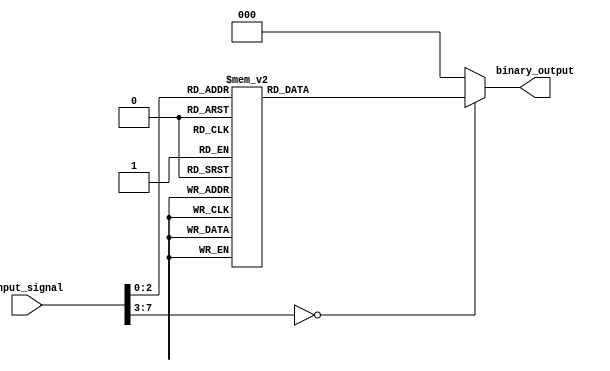
module Encoder(
    input [7:0] input_signal,
    output reg [2:0] binary_output
);

always @*
    case (input_signal)
        8'h00: binary_output = 3'b000;
        8'h01: binary_output = 3'b001;
        8'h02: binary_output = 3'b010;
        8'h03: binary_output = 3'b011;
        8'h04: binary_output = 3'b100;
        8'h05: binary_output = 3'b101;
        8'h06: binary_output = 3'b110;
        8'h07: binary_output = 3'b111;
        default: binary_output = 3'b000;
    endcase

endmodule